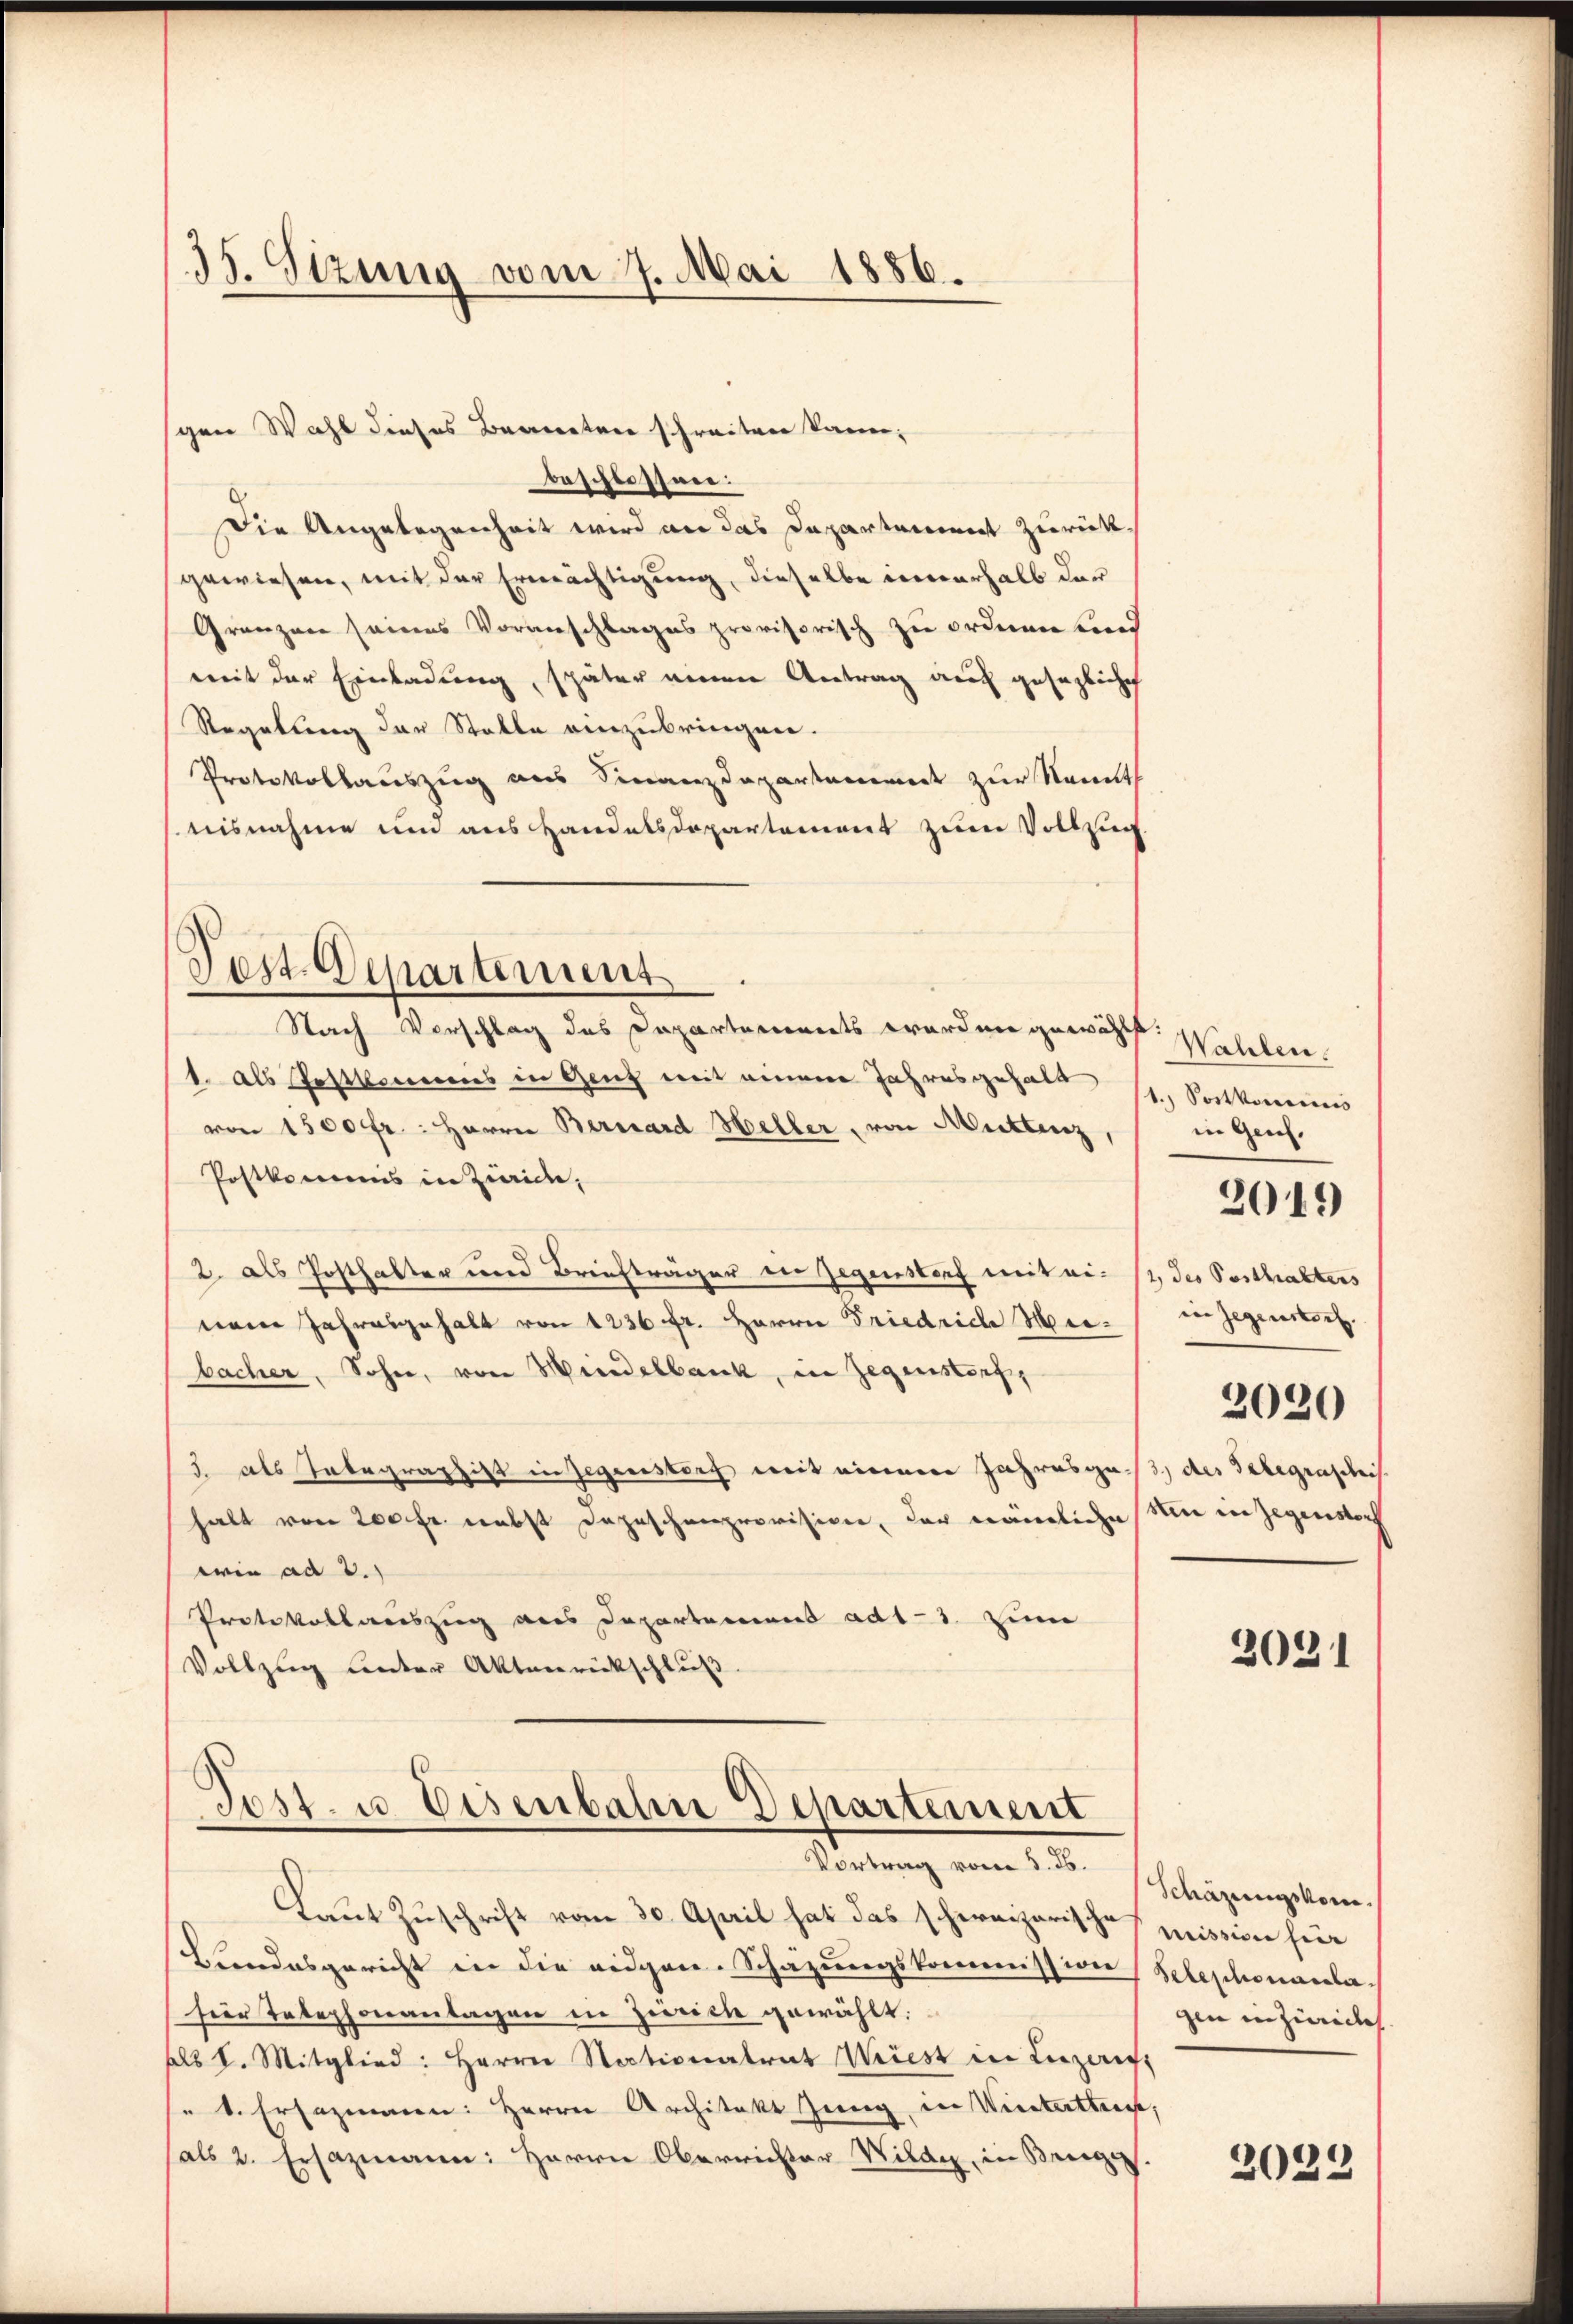
33. Sizung vom 7. Mai 1886.

gen Wahl dieses Begneten schreiten kann,
beschlossen:
Die Angelegenheit wird an das Departement zurückgewiesen, mit der Ermächtigung, dieselbe innerhalb der
Gränzen seines Voranschlages provisorisch zu ordnen und
mit der Einladung, später einen Antrag auch gesezliche
Regelung der Statte einzubringen.
Protokollauszug aus Finanzdepartament zur Kennt
nisnahme und aus Handelsdepartement zum Vollzug
Nach Vorschlag des Departements worden gewählt:
1. als Postkommens in Genz mit einem Jahresgehalt
von 1500 fr.: Herrn Bernard Heller, von Mittenz,
Postkommnis in Zürich,
2. als Posthalter und Briefträger in Gegenstorf mit einem Jahresgehalt von 1236 fr. Herrn Friedrich Meribacher, Sohn, von Mindelbank, in Gegenstorf,
3. als Tabegraphist in Gegenstorf, mit meinere Jahresga 3 des Telegrascheit.
halt von 200 fr. nebst dazuschenprovision, der nämliche in in Gegenstorf
wie ad 3.)
Protokollauszug aus Departement ad1. 3. zum
Vollzug unter Aktenrückschlŭβ

Pest Departement

Post. u. Eisenbahn Departement
Störung vom 12.

Wahlere
1. Postkomis
in Gen.
1 des Posthalters
in Gegenstert
2020

Laut Zuschrift vom 30. April hat das schweizerische mission für
Bundesgericht in die eidgen. Schazungskommission (Telephonarla,
hier Telephonantagen in Zwicke gewählt:
als 8. Mitglied: Herrn Sectionalrat Wiest in Luzern,
s. v. Ersammen: Herrn Architekt Jung, in Wintertheit,
als 2. Ersazmann: Herrn Oberrichter Vilar, in Breges.

2049)

2031

Schazungskomgen in Zürich

2022